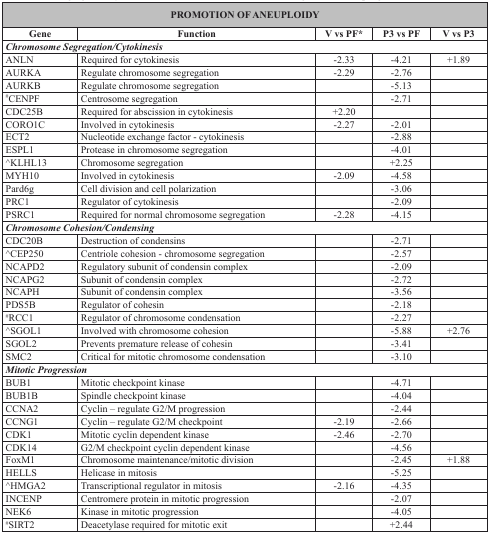
<table><thead><tr><td colspan="5"><b>PROMOTION OF ANEUPLOIDY</b></td></tr><tr><td><b>Gene</b></td><td><b>Function</b></td><td><b>V vs PF*</b></td><td><b>P3 vs PF</b></td><td><b>V vs P3</b></td></tr></thead><tbody><tr><td colspan="5"><b><i>Chromosome Segregation/Cytokinesis</i></b></td></tr><tr><td>ANLN</td><td>Required for cytokinesis</td><td>−2.33</td><td>−4.21</td><td>+1.89</td></tr><tr><td>AURKA</td><td>Regulate chromosome segregation</td><td>−2.29</td><td>−2.76</td><td></td></tr><tr><td>AURKB</td><td>Regulate chromosome segregation</td><td></td><td>−5.13</td><td></td></tr><tr><td><sup>#</sup>CENPF</td><td>Centrosome segregation</td><td></td><td>−2.71</td><td></td></tr><tr><td>CDC25B</td><td>Required for abscission in cytokinesis</td><td>+2.20</td><td></td><td></td></tr><tr><td>CORO1C</td><td>Involved in cytokinesis</td><td>−2.27</td><td>−2.01</td><td></td></tr><tr><td>ECT2</td><td>Nucleotide exchange factor - cytokinesis</td><td></td><td>−2.88</td><td></td></tr><tr><td>ESPL1</td><td>Protease in chromosome segregation</td><td></td><td>−4.01</td><td></td></tr><tr><td><sup>^</sup>KLHL13</td><td>Chromosome segregation</td><td></td><td>+2.25</td><td></td></tr><tr><td>MYH10</td><td>Involved in cytokinesis</td><td>−2.09</td><td>−4.58</td><td></td></tr><tr><td>Pard6g</td><td>Cell division and cell polarization</td><td></td><td>−3.06</td><td></td></tr><tr><td>PRC1</td><td>Regulator of cytokinesis</td><td></td><td>−2.09</td><td></td></tr><tr><td>PSRC1</td><td>Required for normal chromosome segregation</td><td>−2.28</td><td>−4.15</td><td></td></tr><tr><td colspan="5"><b><i>Chromosome Cohesion/Condensing</i></b></td></tr><tr><td>CDC20B</td><td>Destruction of condensins</td><td></td><td>−2.71</td><td></td></tr><tr><td><sup>^</sup>CEP250</td><td>Centriole cohesion - chromosome segregation</td><td></td><td>−2.57</td><td></td></tr><tr><td>NCAPD2</td><td>Regulatory subunit of condensin complex</td><td></td><td>−2.09</td><td></td></tr><tr><td>NCAPG2</td><td>Subunit of condensin complex</td><td></td><td>−2.72</td><td></td></tr><tr><td>NCAPH</td><td>Subunit of condensin complex</td><td></td><td>−3.56</td><td></td></tr><tr><td>PDS5B</td><td>Regulator of cohesin</td><td></td><td>−2.18</td><td></td></tr><tr><td><sup>#</sup>RCC1</td><td>Regulator of chromosome condensation</td><td></td><td>−2.27</td><td></td></tr><tr><td><sup>^</sup>SGOL1</td><td>Involved with chromosome cohesion</td><td></td><td>−5.88</td><td>+2.76</td></tr><tr><td>SGOL2</td><td>Prevents premature release of cohesin</td><td></td><td>−3.41</td><td></td></tr><tr><td>SMC2</td><td>Critical for mitotic chromosome condensation</td><td></td><td>−3.10</td><td></td></tr><tr><td colspan="5"><b><i>Mitotic Progression</i></b></td></tr><tr><td>BUB1</td><td>Mitotic checkpoint kinase</td><td></td><td>−4.71</td><td></td></tr><tr><td>BUB1B</td><td>Spindle checkpoint kinase</td><td></td><td>−4.04</td><td></td></tr><tr><td>CCNA2</td><td>Cyclin – regulate G2/M progression</td><td></td><td>−2.44</td><td></td></tr><tr><td>CCNG1</td><td>Cyclin – regulate G2/M checkpoint</td><td>−2.19</td><td>−2.66</td><td></td></tr><tr><td>CDK1</td><td>Mitotic cyclin dependent kinase</td><td>−2.46</td><td>−2.70</td><td></td></tr><tr><td>CDK14</td><td>G2/M checkpoint cyclin dependent kinase</td><td></td><td>−4.56</td><td></td></tr><tr><td>FoxM1</td><td>Chromosome maintenance/mitotic division</td><td></td><td>−2.45</td><td>+1.88</td></tr><tr><td>HELLS</td><td>Helicase in mitosis</td><td></td><td>−5.25</td><td></td></tr><tr><td><sup>^</sup>HMGA2</td><td>Transcriptional regulator in mitosis</td><td>−2.16</td><td>−4.35</td><td></td></tr><tr><td>INCENP</td><td>Centromere protein in mitotic progression</td><td></td><td>−2.07</td><td></td></tr><tr><td>NEK6</td><td>Kinase in mitotic progression</td><td></td><td>−4.05</td><td></td></tr><tr><td><sup>#</sup>SIRT2</td><td>Deacetylase required for mitotic exit</td><td></td><td>+2.44</td><td></td></tr></tbody></table>